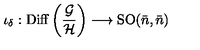
\iota _ { \delta } : \mathrm { D i f f } \left( { \frac { \cal G } { \cal H } } \right) \longrightarrow \mathrm { S O } ( { \bar { n } } , { \bar { n } } )